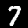
Label: 7